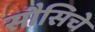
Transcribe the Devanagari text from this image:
सौसिचे